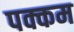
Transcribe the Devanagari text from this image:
पक्कम